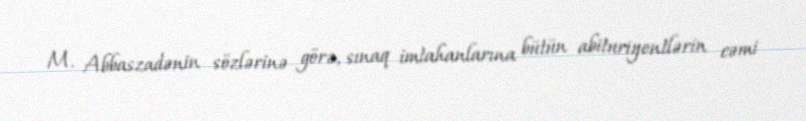
M. Abbaszadənin sözlərinə görə, sınaq imtahanlarına bütün abituriyentlərin cəmi